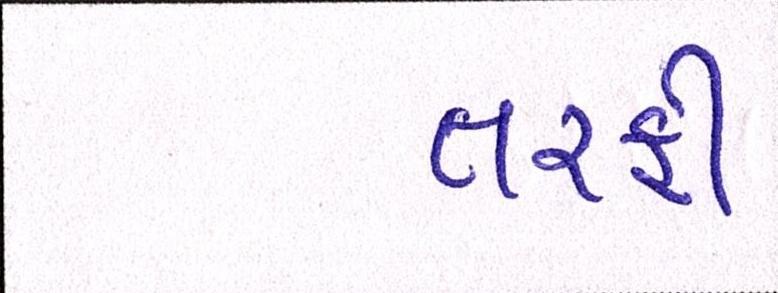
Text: તરફી